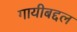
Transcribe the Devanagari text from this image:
गायीबद्दल